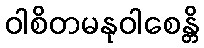
ဝါစိတမနုဝါစေန္တိ